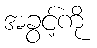
အခွင့်ကို